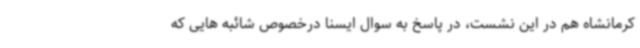
کرمانشاه هم در این نشست، در پاسخ به سوال ایسنا درخصوص شائبه هایی که